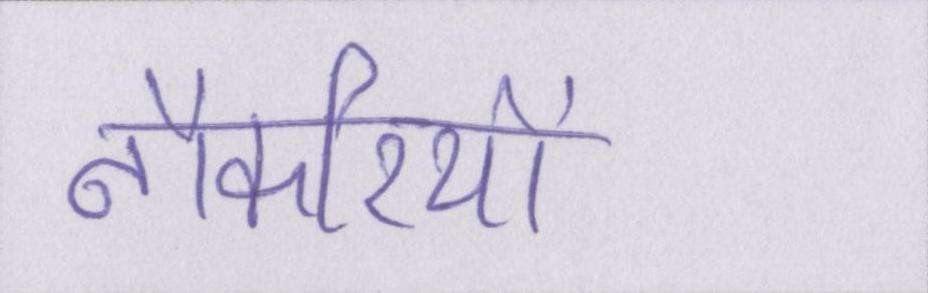
नौकरियों